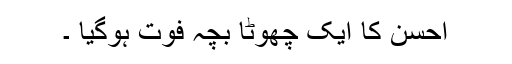
احسن کا ایک چھوٹا بچہ فوت ہوگیا ۔